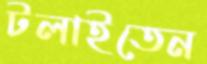
টলাইতেন